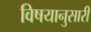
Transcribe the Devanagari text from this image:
विषयानुसारी